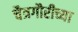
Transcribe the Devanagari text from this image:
चैत्रगौरीच्या